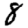
Digit: 8